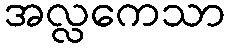
အလ္လကေသာ